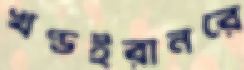
খণ্ডইরানরে